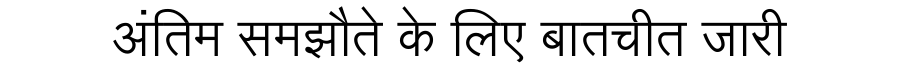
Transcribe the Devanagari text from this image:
अंतिम समझौते के लिए बातचीत जारी